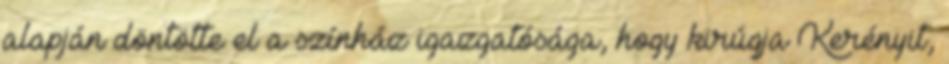
alapján döntötte el a színház igazgatósága, hogy kirúgja Kerényit,